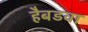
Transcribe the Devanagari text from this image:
हैबडवा